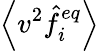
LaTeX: \left\langle v^{2}\hat{f}_{i}^{eq}\right\rangle